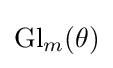
\operatorname {Gl} _{m}(\theta )